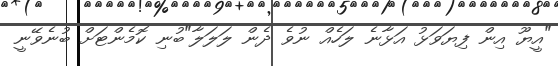
"އީޔޫ އިން ފިޔަވަޅު އަޅާނެ ލަހެއް ނުވެ ދެން ލަލަލާ"ބުނި ކޮމެންޓަށް ބުނެވޭނީ